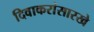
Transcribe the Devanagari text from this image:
दिवाकरांसारखे